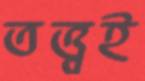
তত্ত্বই